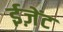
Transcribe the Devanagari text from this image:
ईज़ेंट